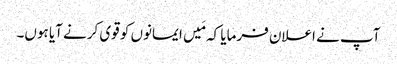
آپ نے اعلان فرمایا کہ مَیں ایمانوں کو قوی کرنے آیا ہوں۔